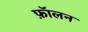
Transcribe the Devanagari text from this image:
फ़ॉलन